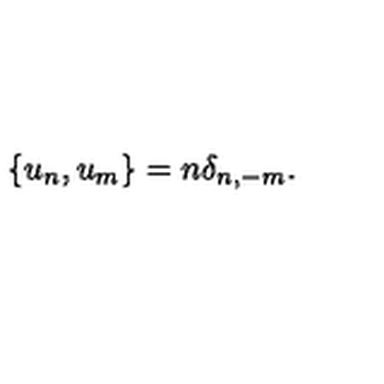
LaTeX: \{ u _ { n } , u _ { m } \} = n \delta _ { n , - m } .